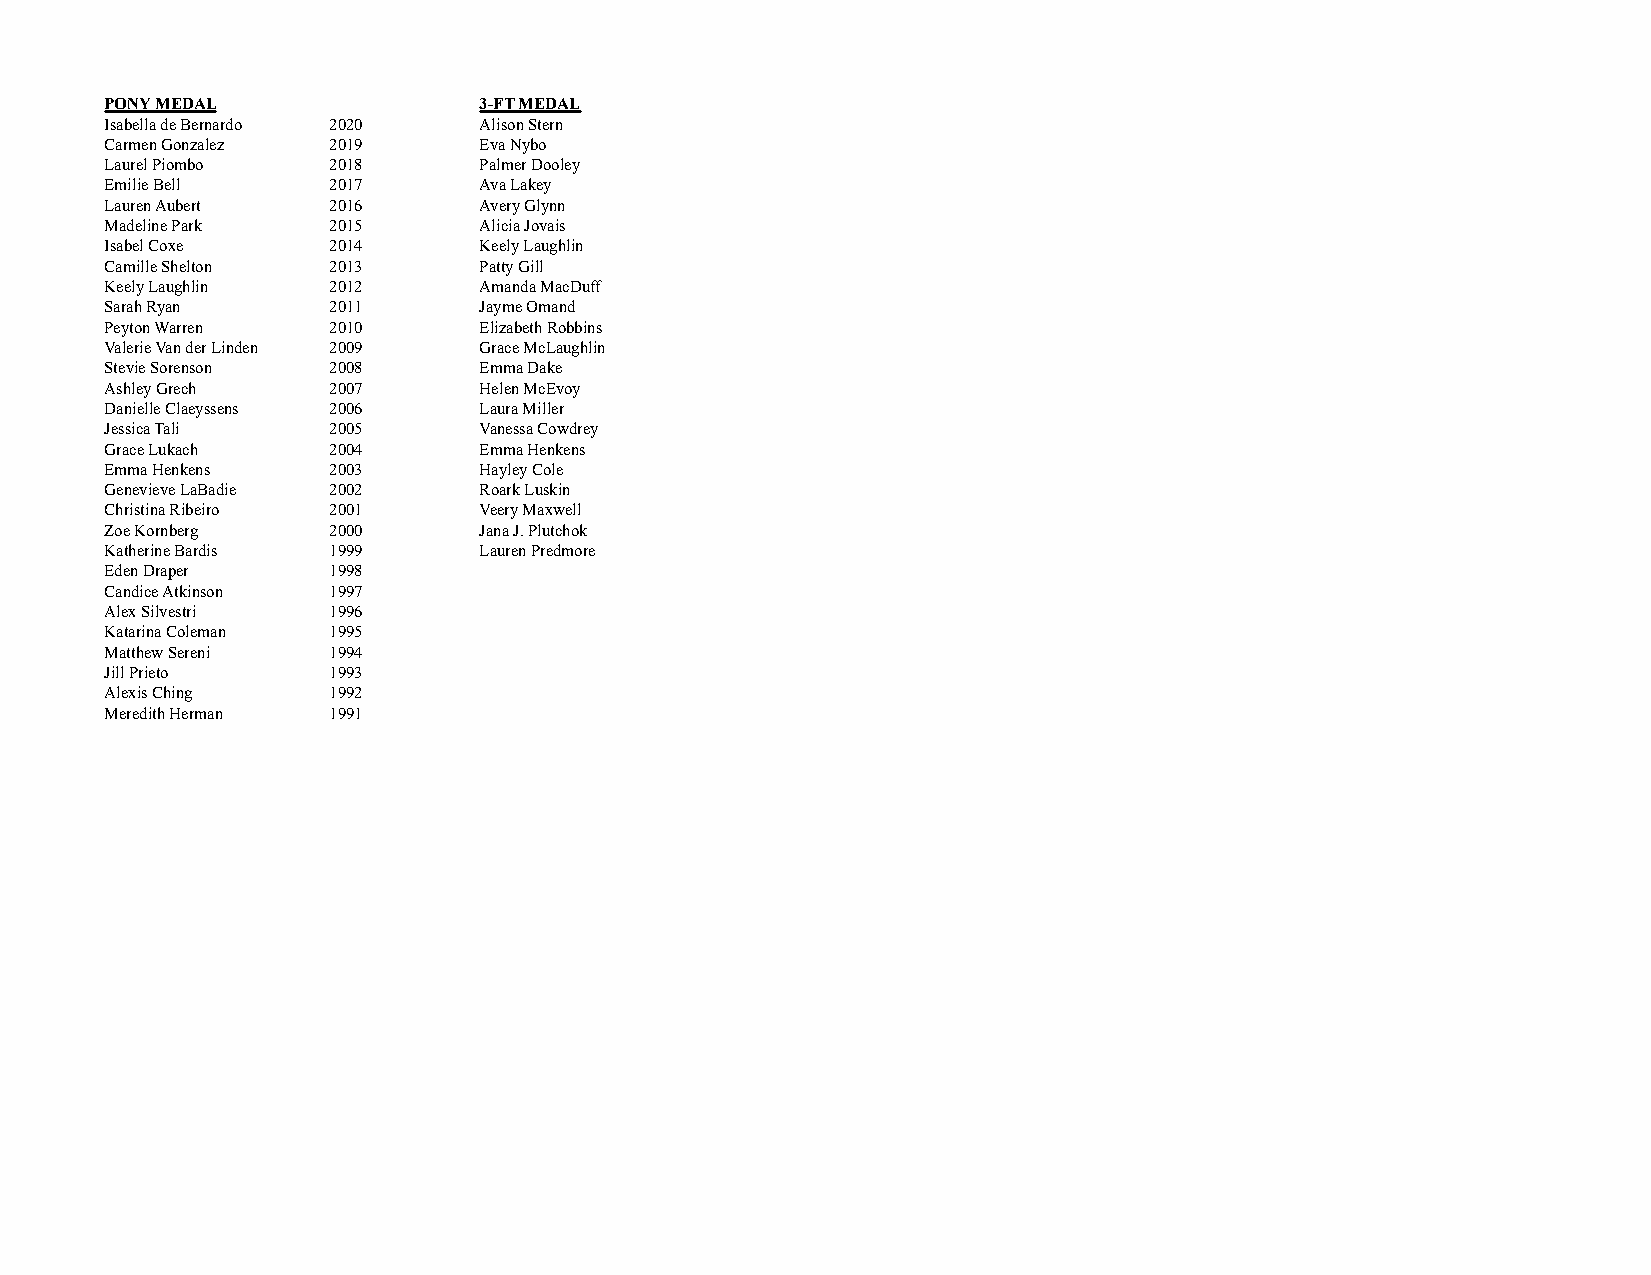
PONY MEDAL               3-FT MEDAL
 Isabella de Bernardo 2020 Alison Stern
 Carmen Gonzalez 2019     Eva Nybo
 Laurel Piombo  2018      Palmer Dooley
 Emilie Bell    2017      Ava Lakey
 Lauren Aubert  2016      Avery Glynn
 Madeline Park  2015      Alicia Jovais
 Isabel Coxe    2014      Keely Laughlin
 Camille Shelton 2013     Patty Gill
 Keely Laughlin 2012      Amanda MacDuff
 Sarah Ryan     2011      Jayme Omand
 Peyton Warren  2010      Elizabeth Robbins
 Valerie Van der Linden 2009 Grace McLaughlin
 Stevie Sorenson 2008     Emma Dake
 Ashley Grech   2007      Helen McEvoy
 Danielle Claeyssens 2006 Laura Miller
 Jessica Tali   2005      Vanessa Cowdrey
 Grace Lukach   2004      Emma Henkens
 Emma Henkens   2003      Hayley Cole
 Genevieve LaBadie 2002   Roark Luskin
 Christina Ribeiro 2001   Veery Maxwell
 Zoe Kornberg   2000      Jana J. Plutchok
 Katherine Bardis 1999    Lauren Predmore
 Eden Draper    1998
 Candice Atkinson 1997
 Alex Silvestri 1996
 Katarina Coleman 1995
 Matthew Sereni 1994
 Jill Prieto    1993
 Alexis Ching   1992
 Meredith Herman 1991